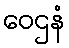
ဝေဌနံ